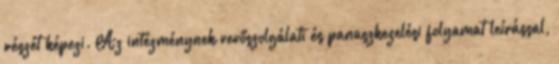
részét képezi. Az intézménynek vevőszolgálati és panaszkezelési folyamat leírással,